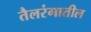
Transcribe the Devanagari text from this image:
तैलरंगातील